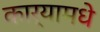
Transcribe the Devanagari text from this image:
कार्यामधे